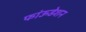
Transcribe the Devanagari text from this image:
फांऊडेशन